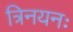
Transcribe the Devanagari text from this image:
त्रिनयनः